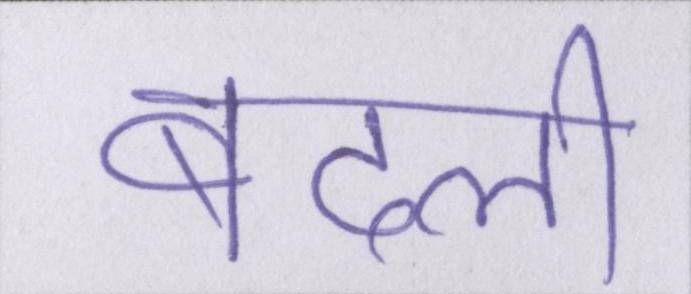
बदली